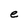
Character: e